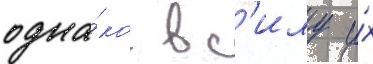
одна́ко в с'илу и́х